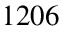
1 2 0 6